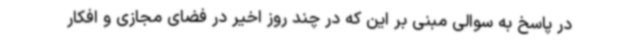
در پاسخ به سوالی مبنی بر این که در چند روز اخیر در فضای مجازی و افکار